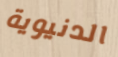
الدنيوية